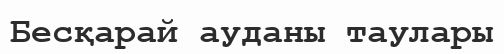
Бесқарай ауданы таулары